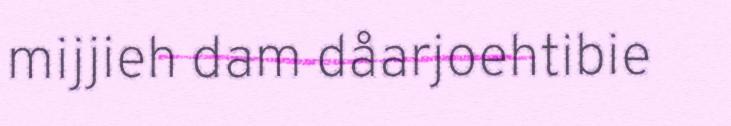
mijjieh dam dåarjoehtibie